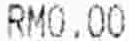
RM0.00